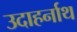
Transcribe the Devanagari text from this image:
उदाहर्नाथ